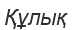
Құлық